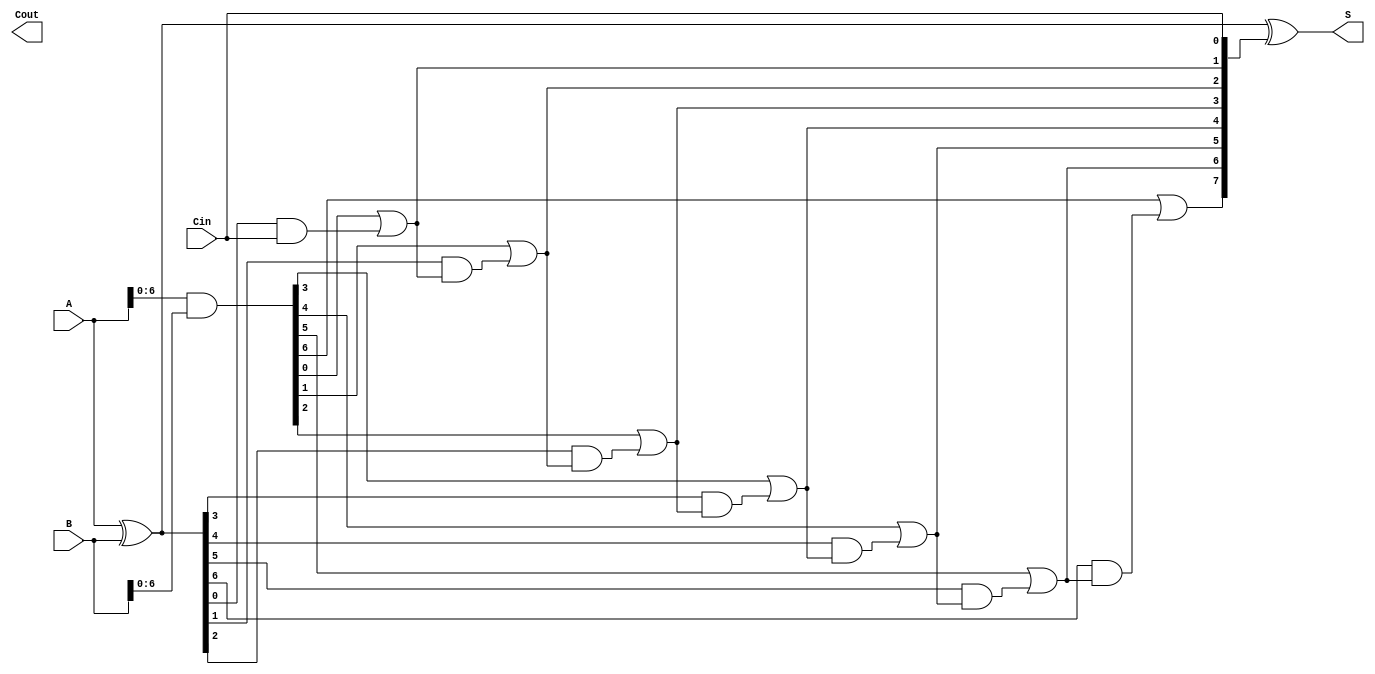
module brent_kung_adder #(parameter n = 8) (
    input  [n-1:0] A,      // First operand
    input  [n-1:0] B,      // Second operand
    input         Cin,      // Carry-in
    output [n-1:0] S,      // Sum output
    output        Cout      // Carry-out
);

    // Generate and Propagate signals
    wire [n-1:0] G; // Generate signals
    wire [n-1:0] P; // Propagate signals
    wire [n:0] C;   // Carry signals, C[0] is Cin

    // Generate and propagate calculations
    assign G = A & B;           // Generate
    assign P = A ^ B;           // Propagate
    assign C[0] = Cin;          // First carry input

    // Carry computation using Brent-Kung structure
    genvar i, j, k;
    generate
        // Level 1
        for (i = 1; i < n; i = i + 1) begin
            assign C[i] = G[i-1] | (P[i-1] & C[i-1]);
        end
    endgenerate

    // Level 2 and higher
    generate
        for (j = 1; j < n; j = j + 1) begin
            for (k = j + 1; k <= n; k = k + 1) begin
                if (k < n) begin
                    assign C[k] = G[k-1] | (P[k-1] & C[k-1]);
                end
            end
        end
    endgenerate

    // Sum calculation
    assign S = P ^ C[n-1:0]; // Sum bits

    // Final carry-out
    assign Cout = C[n];

endmodule